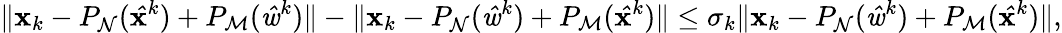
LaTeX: \| \mathbf{x}_{k}-P_{\mathrm{{\mathcal{{N}}}}}(\mathit{{\hat{{\mathbf{x}}}}}^{k})+P_{\mathrm{{\mathcal{{M}}}}}(\mathit{{\hat{{w}}}}^{k})\| -\| \mathbf{x}_{k}-P_{\mathrm{{\mathcal{{N}}}}}(\mathit{{\hat{{w}}}}^{k})+P_{\mathrm{{\mathcal{{M}}}}}(\mathit{{\hat{{\mathbf{x}}}}}^{k})\| \leq\sigma_{k}\| \mathbf{x}_{k}-P_{\mathrm{{\mathcal{{N}}}}}(\mathit{{\hat{{w}}}}^{k})+P_{\mathrm{{\mathcal{{M}}}}}(\mathit{{\hat{{\mathbf{x}}}}}^{k})\| ,